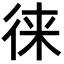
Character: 徕